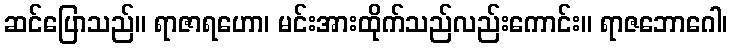
ဆင်ပြောသည်။ ရာဇာရဟော၊ မင်းအားထိုက်သည်လည်းကောင်း။ ရာဇဘောဂေါ၊